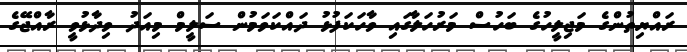
ރައްޔިތުންގެ މަޖިލީހުގެ ބަހުސް މަރުހަލާގައި ވާހަކަފުޅު ދައްކަވަމުން ސަލީމް މިއަދު ވިދާޅުވީ ރާއްޖޭގެ